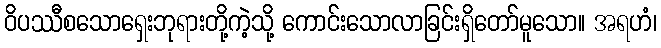
ဝိပဿီစသောရှေးဘုရားတို့ကဲ့သို့ ကောင်းသောလာခြင်းရှိတော်မူသော။ အရဟံ၊